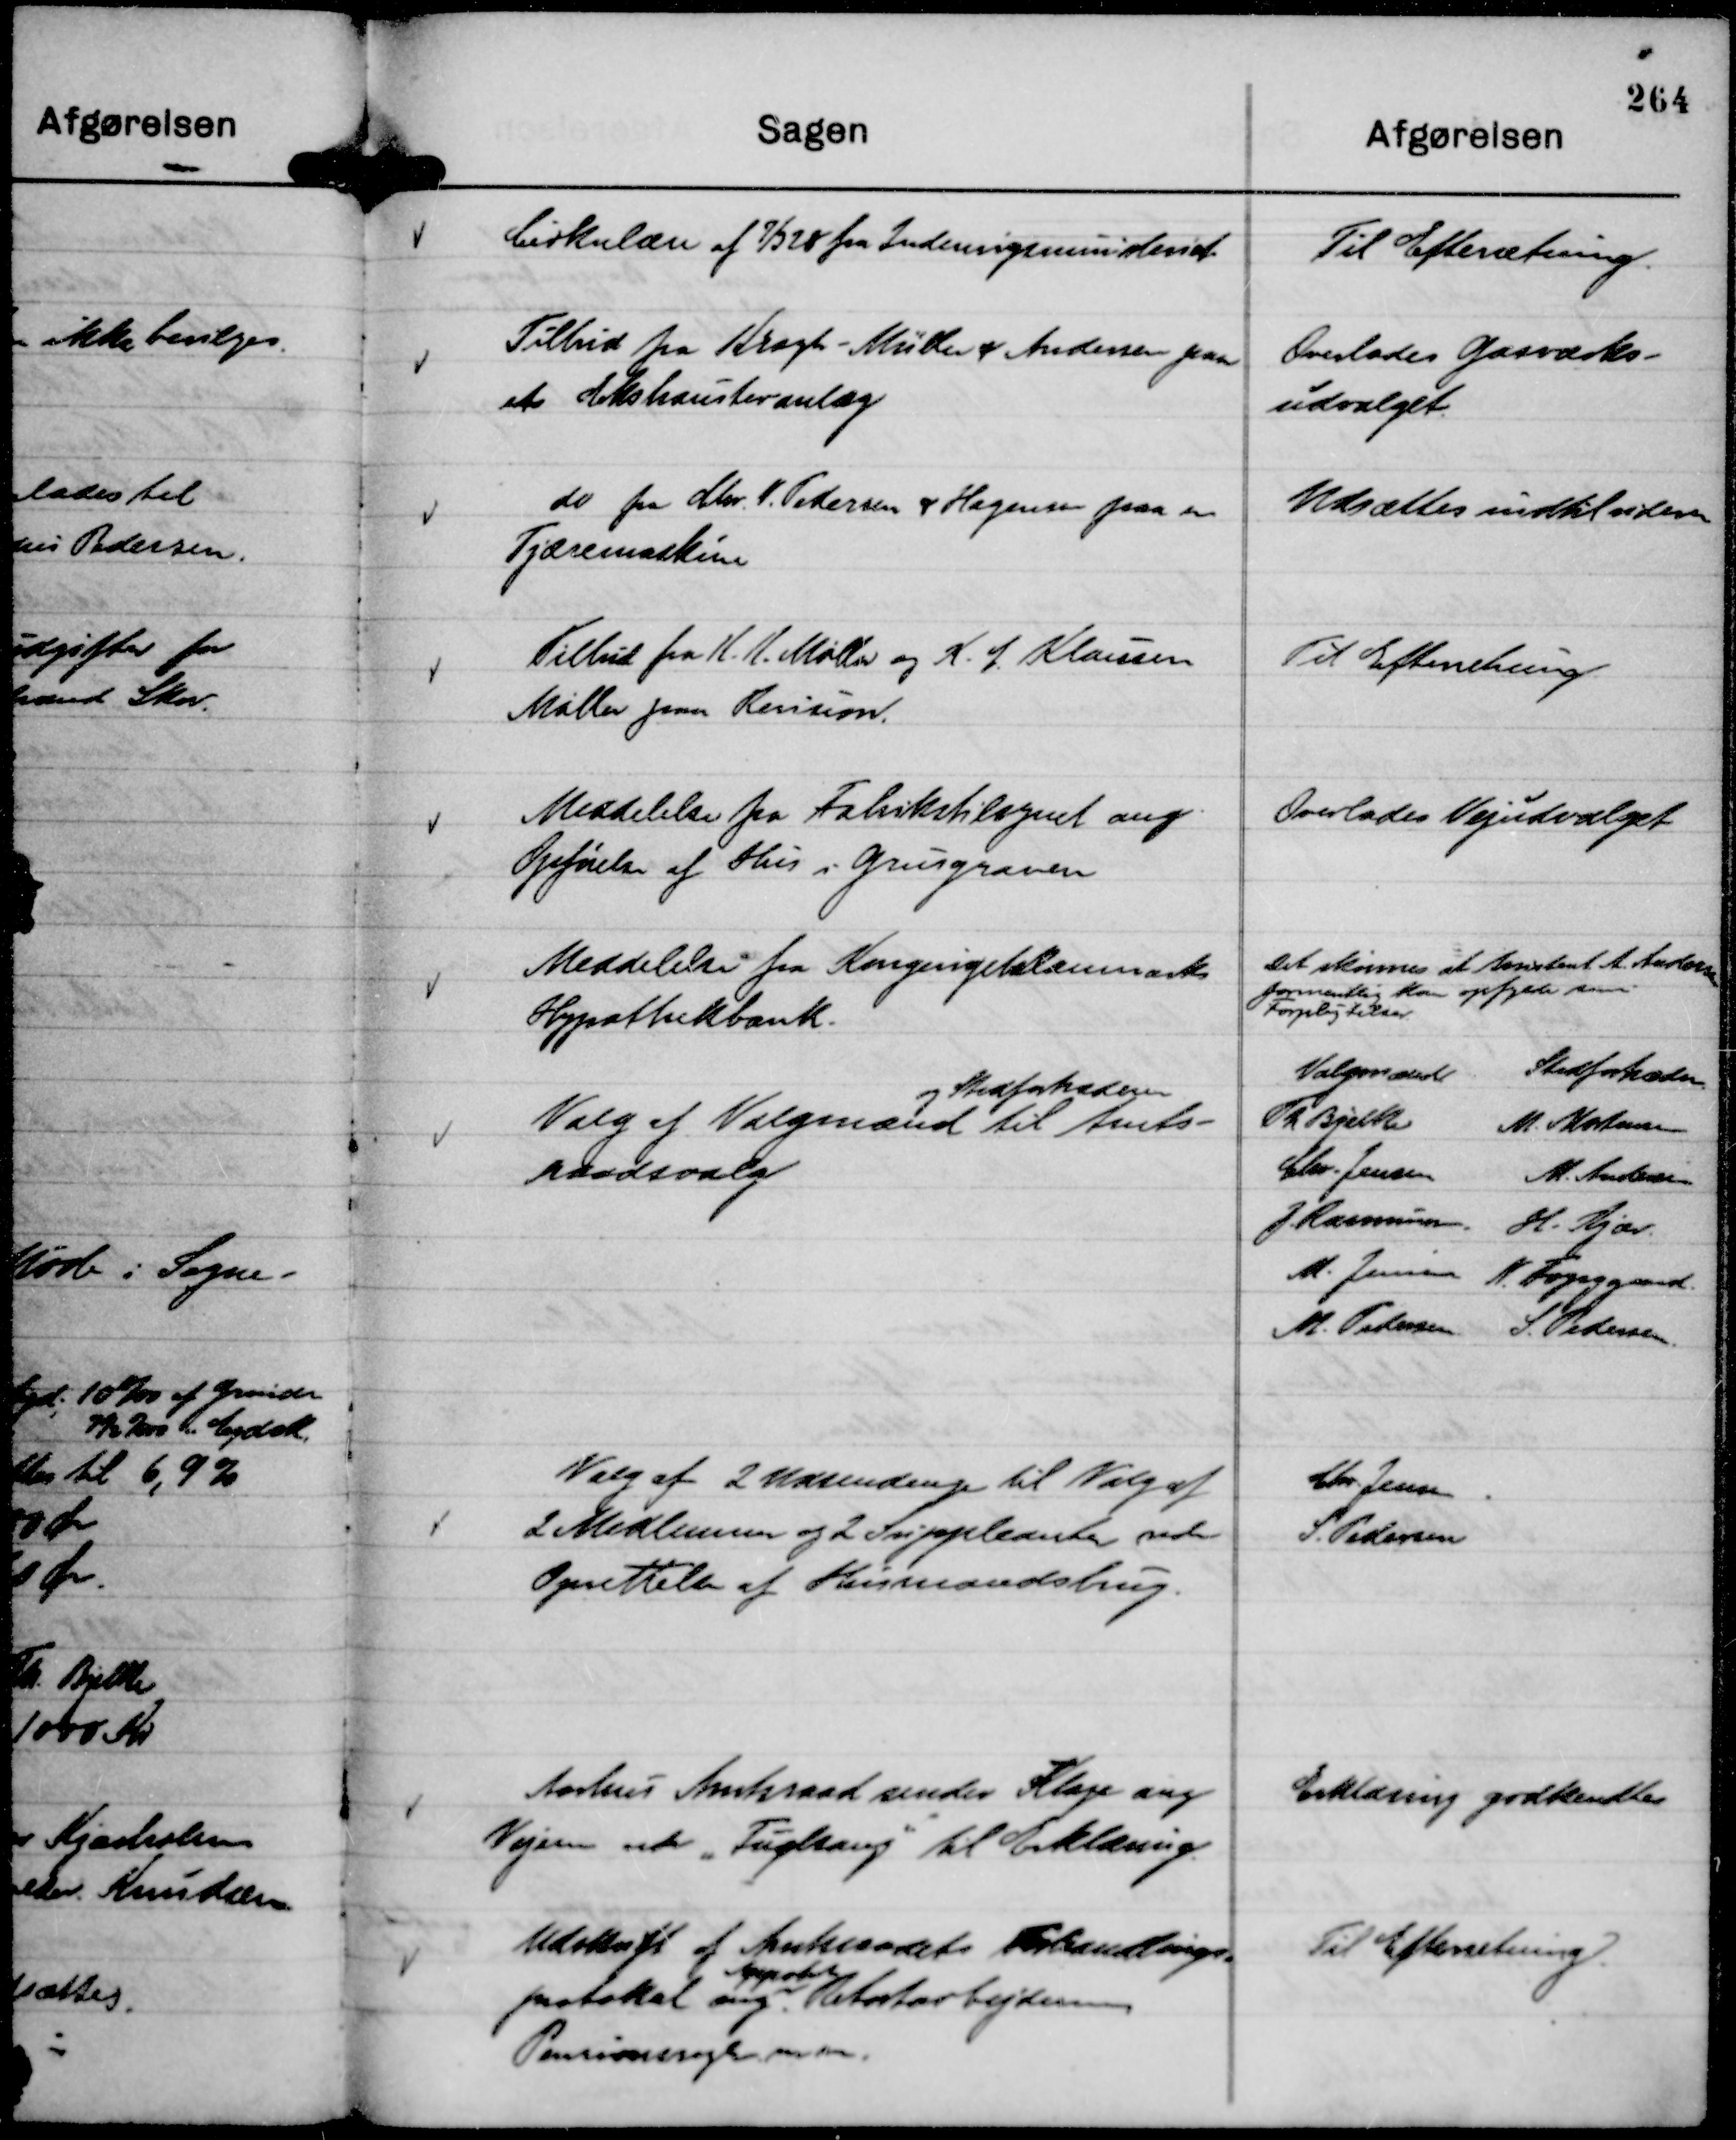
Transskription:
Cirkulære af 7/3 28 fra Indenrigsministeriet

Til Efterretning.

Tilbud fra Kragh - Müller & Andersen paa
et Ekshausteranlæg

Overlades Gasværks-
udvalget.

do fra Chr. N. Pedersen & Hagensen paa en
Tjæremaskine

Udsættes indtil videre

Tilbud fra N. N. Møller og K. L. Klausen
Møller paa Revision.

Til Efterretning

Meddelelse fra Fabrikstilsynet ang.
Opførelse af Hus i Grusgraven

Overlades Vejudvalget

Meddelelse fra Kongeriet Danmarks
Hypothekbank.

Det skønnes at Assistent A Andersen
formentlig kan opfylde sine
Forpligtelser.

Valg af Valgmænd
og Stedfortræderer
til Amts-
raadsvalg

Valgmænd
Th Bjelke
Chr. Jensen
J. Rasmussen.
M. Jensen
M. Pedersen
Stedfortrædere
M. Mortensen
M. Andersen
H. Kjær
N. Fogsggaard.
S. Pedersen.

Valg af 2 Udsendinge til Valg af
2 Medlemmer og 2 Suppleanter vedr
Oprettelse af Husmandsbrug.

Chr. Jensen.
S. Pedersen

Aarhus Amtsraad sender Klage ang
Vejens ved "Fuglsang"

til Erklæring.

Erklæring godkendtes

Udskrift af Amtsraadets Forhandlings-
protokol ang.
Appobt
Retortarbejdernes
Pensionsregler m. m.

Til Efterretning.